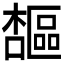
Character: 𪴋